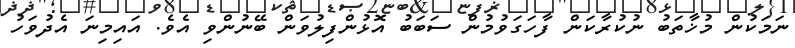
ނަމަކުން މުޚާތަބު ނުކުރާކަން ފާހަގަވުމުން ސަބަބު އޮޅުންފިލުވަން ބޭނުންވި އެވެ. އައިމިނަ އެދުވަހު